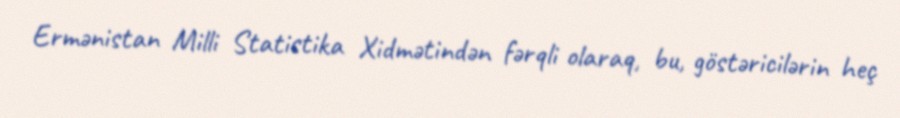
Ermənistan Milli Statistika Xidmətindən fərqli olaraq, bu, göstəricilərin heç